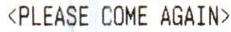
<PLEASE COME AGAIN>